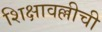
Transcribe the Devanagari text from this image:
शिक्षावल्लीची